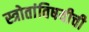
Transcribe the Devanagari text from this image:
स्त्रोतांविषयीची